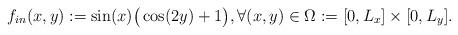
LaTeX: \begin{align*} f_{in}(x,y) := \sin( x) \big(\cos(2 y)+1 \big), \forall (x,y) \in \Omega:=[0,L_x] \times [0,L_y]. \end{align*}